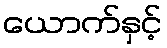
ယောက်နှင့်